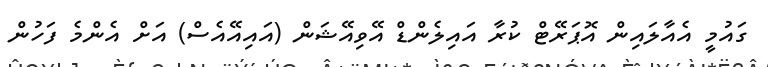
ގައުމީ އެއާލައިން އޮޕަރޭޓް ކުރާ އައިލެންޑް އޭވިއޭޝަން (އައިއޭއެސް) އަށް އެންމެ ފަހުން